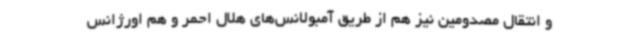
و انتقال مصدومین نیز هم از طریق آمبولانس‌های هلال احمر و هم اورژانس